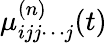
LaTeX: \mu_{ijj\cdots j}^{(n)}(t)